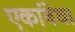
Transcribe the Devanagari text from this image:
एकांबेचा